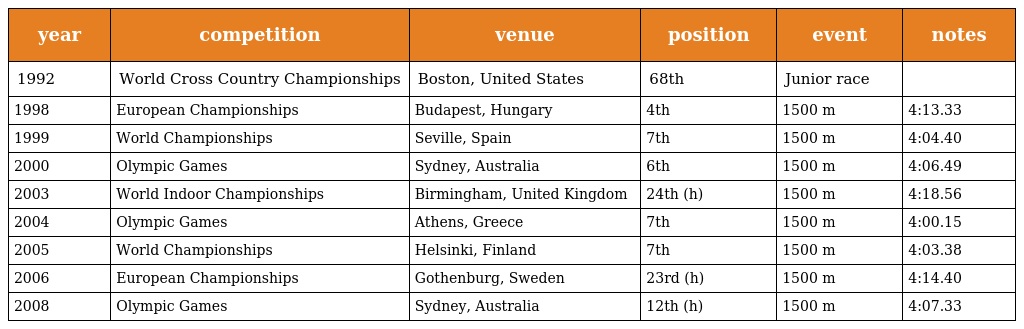
| year | competition | venue | position | event | notes |
 | --- | --- | --- | --- | --- | --- |
 | 1992 | World Cross Country Championships | Boston, United States | 68th | Junior race |  |
 | 1998 | European Championships | Budapest, Hungary | 4th | 1500 m | 4:13.33 |
 | 1999 | World Championships | Seville, Spain | 7th | 1500 m | 4:04.40 |
 | 2000 | Olympic Games | Sydney, Australia | 6th | 1500 m | 4:06.49 |
 | 2003 | World Indoor Championships | Birmingham, United Kingdom | 24th (h) | 1500 m | 4:18.56 |
 | 2004 | Olympic Games | Athens, Greece | 7th | 1500 m | 4:00.15 |
 | 2005 | World Championships | Helsinki, Finland | 7th | 1500 m | 4:03.38 |
 | 2006 | European Championships | Gothenburg, Sweden | 23rd (h) | 1500 m | 4:14.40 |
 | 2008 | Olympic Games | Sydney, Australia | 12th (h) | 1500 m | 4:07.33 |